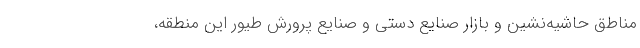
مناطق حاشیه‌نشین و بازار صنایع دستی و صنایع پرورش طیور این منطقه،